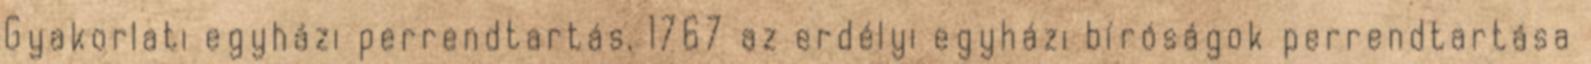
Gyakorlati egyházi perrendtartás, 1767 az erdélyi egyházi bíróságok perrendtartása